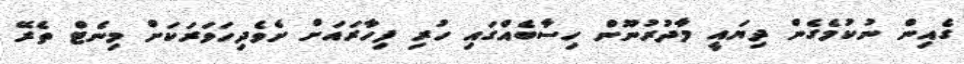
ގެއިން ނުކުމެގެން ދިޔައީ މާދުރުނޫން ހިސާބެއްގައި ހުރި ފިހާރައަށް ށެވެދިހަވަރަކަށް މިނެޓް ތެރޭ